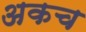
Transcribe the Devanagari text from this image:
अकच